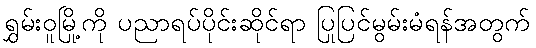
ရွှမ်းဝူမြို့ကို ပညာရပ်ပိုင်းဆိုင်ရာ ပြုပြင်မွမ်းမံရန်အတွက်